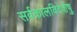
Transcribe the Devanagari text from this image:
सर्वकालविदेशेषु